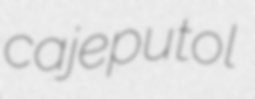
cajeputol